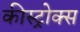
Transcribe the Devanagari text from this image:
कीस्ट्रोक्स